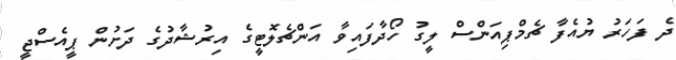
ދެ ފަހަރު ޔުއެފާ ޗެމްޕިއަންސް ލީގު ހޯދާފައިވާ އަންޗެލޮޓީގެ އިރުޝާދުގެ ދަށުން ޕީއެސްޖީ